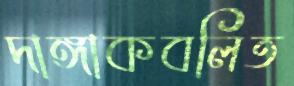
দাঙ্গাকবলিত